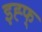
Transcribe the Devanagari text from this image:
इह्फ्